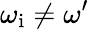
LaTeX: \omega_{\mathrm{i}}\neq\omega^{\prime}